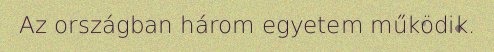
Az országban három egyetem működik.